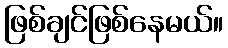
ဖြစ်ချင်ဖြစ်နေမယ်။